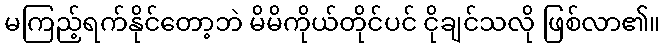
မကြည့်ရက်နိုင်တော့ဘဲ မိမိကိုယ်တိုင်ပင် ငိုချင်သလို ဖြစ်လာ၏။